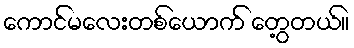
ကောင်မလေးတစ်ယောက် တွေ့တယ်။